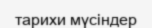
тарихи мүсіндер